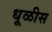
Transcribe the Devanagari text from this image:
धूळीस